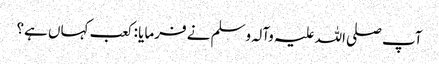
آپ صلی اللہ علیہ وآلہ وسلم نے فرمایا : کعب کہاں ہے؟